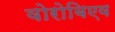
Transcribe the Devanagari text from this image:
वोरोबिएव